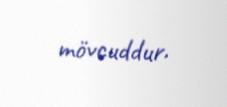
mövcuddur.